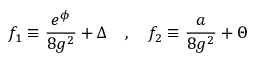
f _ { 1 } \equiv { \frac { e ^ { \phi } } { 8 g ^ { 2 } } } + \Delta \quad , \quad f _ { 2 } \equiv { \frac { a } { 8 g ^ { 2 } } } + \Theta